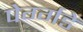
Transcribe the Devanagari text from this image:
पेर्ग्गडे